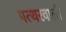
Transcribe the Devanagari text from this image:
पत्थरवाली